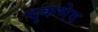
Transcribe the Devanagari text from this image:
दृकभेद